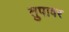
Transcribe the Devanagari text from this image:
तुपावर